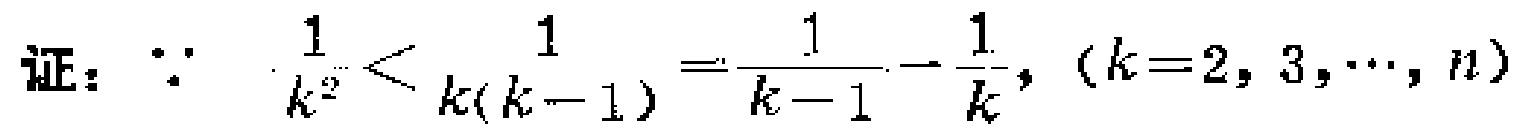
证：$\because \frac{1}{k^{2}}<\frac{1}{k(k - 1)}=\frac{1}{k - 1}-\frac{1}{k},(k = 2,3,\cdots,n)$